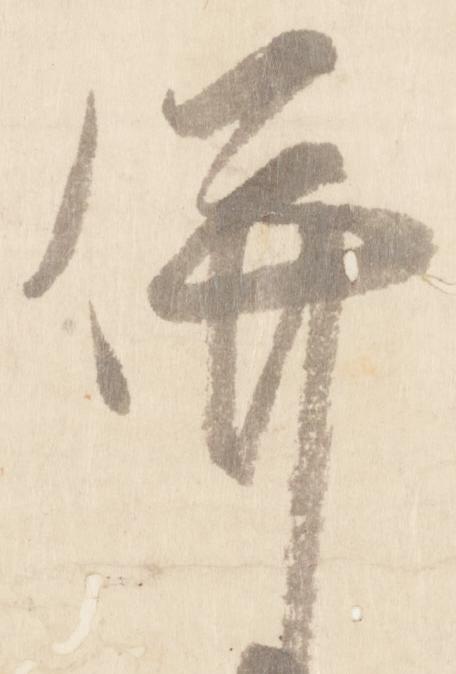
併